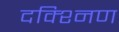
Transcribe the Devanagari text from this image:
दक्श्निण